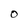
Character: O